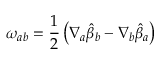
\omega _ { a b } = \frac { 1 } { 2 } \left( \nabla _ { a } { \hat { \beta } _ { b } } - \nabla _ { b } { \hat { \beta } _ { a } } \right)